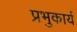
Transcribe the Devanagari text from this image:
प्रभुकार्य